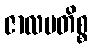
ဇာလမတိစ္စ